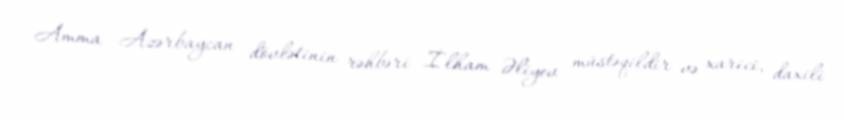
Amma Azərbaycan dövlətinin rəhbəri İlham Əliyev müstəqildir və xarici, daxili